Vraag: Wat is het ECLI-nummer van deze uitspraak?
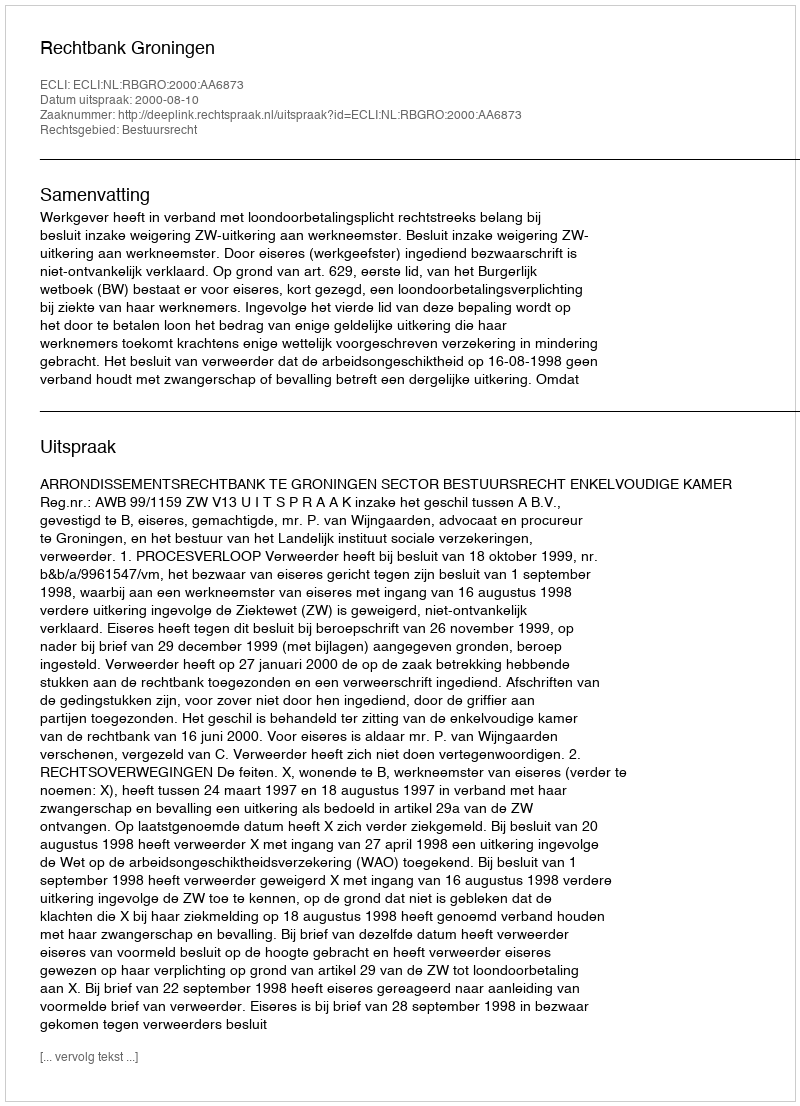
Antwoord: ECLI:NL:RBGRO:2000:AA6873